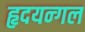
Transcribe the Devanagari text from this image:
हृदयन्गल